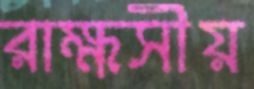
রাক্ষসীয়